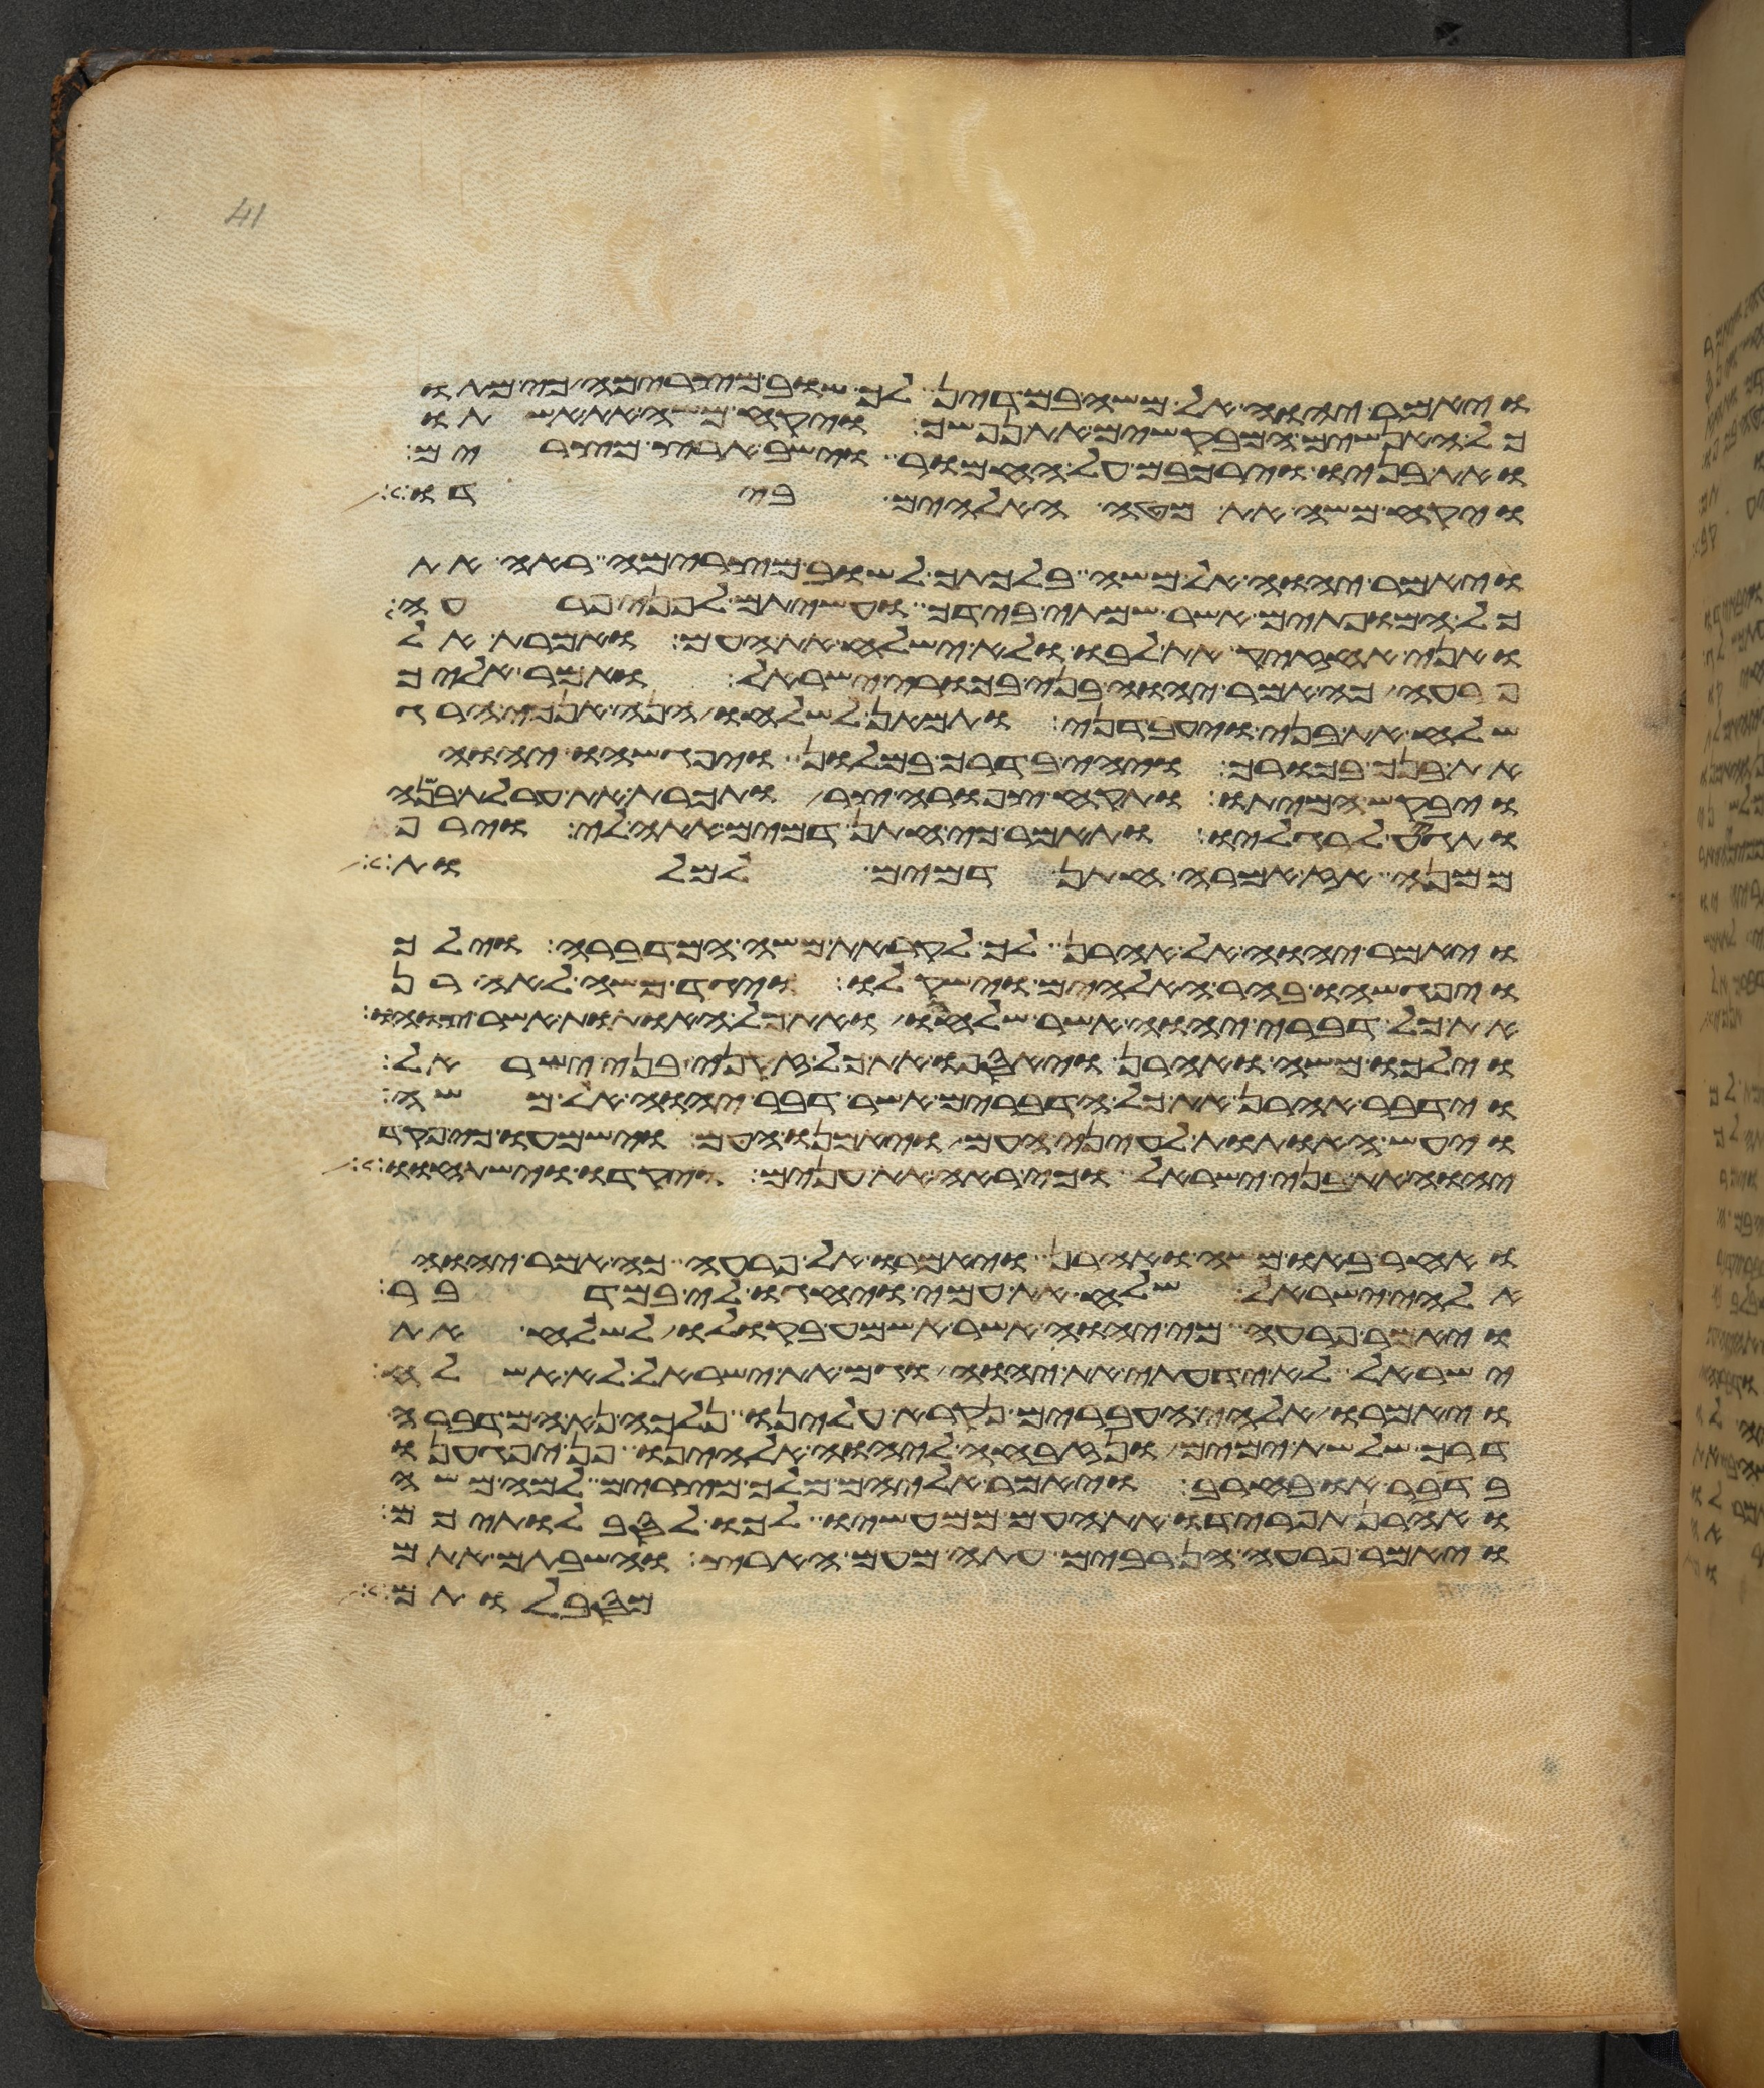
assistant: ויאמר יהוה אל משה במדין לך שוב מצרימה כי מתו
כל האנשים המבקשים את נפשך ויקח משה את אשתו
ואת בניו וירכבם על החמור וישב ארץ מצרים
ויקח משה את מטה האלהים בידו
ויאמר יהוה אל משה בלכתך לשוב מצרימה ראה את
כל המופתים אשר שמתי בידך ועשיתם לפני פרעה
ואני אחזיק את לבו ולא ישלח את העם ואמרת אל
פרעה כה אמר יהוה בני בכורי ישראל ואמר אליך
שלח את בני ויעבדני ותמאן לשלחו הנה אנכי הרג
את בנך בכורך ויהי בדרך במלון ויפגשהו יהוה
ויבקש המיתו ותקח צפורה צר ותכרת את ערלת בנה
ותגיע לרגליו ותאמר כי חתן דמים אתה לי וירף
ממנה אז אמרה חתן דמים למלות
ויאמר יהוה אל אהרן לך לקראת משה המדברה וילך
ויפגשהו בהר האלהים וישק לו ויגד משה לאהרן
את כל דברי יהוה אשר שלחו ואת כל האתות אשר צוהו
וילכו משה ואהרן ויאספו את כל זקני בני ישראל
וידבר אהרן את כל הדברים אשר דבר יהוה אל משה
ויעש האתות לעיני העם ויאמנו העם וישמעו כי פקד
יהוה את בני ישראל וכי ראה את ענים ויקדו וישתחוו
ואחר באו משה ואהרן ויאמרו אל פרעה כה אמר יהוה
אלהי ישראל שלח את עמי ויחגו לי במדבר
ויאמר פרעה מי יהוה אשר אשמע בקולו לשלח את
ישראל לא ידעתי את יהוה וגם את ישראל לא אשלח
ויאמרו אלהי העברים נקרא עלינו נלכה נא המדברה
דרך שלשת ימים ונזבחה ליהוה אלהינו פן יפגענו
בדבר או בחרב ויאמר אליהם מלך מצרים למה משה
ואהרן תפרידו את העם ממעשיו לכו לסבלתיכם
ויאמר פרעה הן רבים עתה מעם הארץ והשבתם אתם
מסבלותם